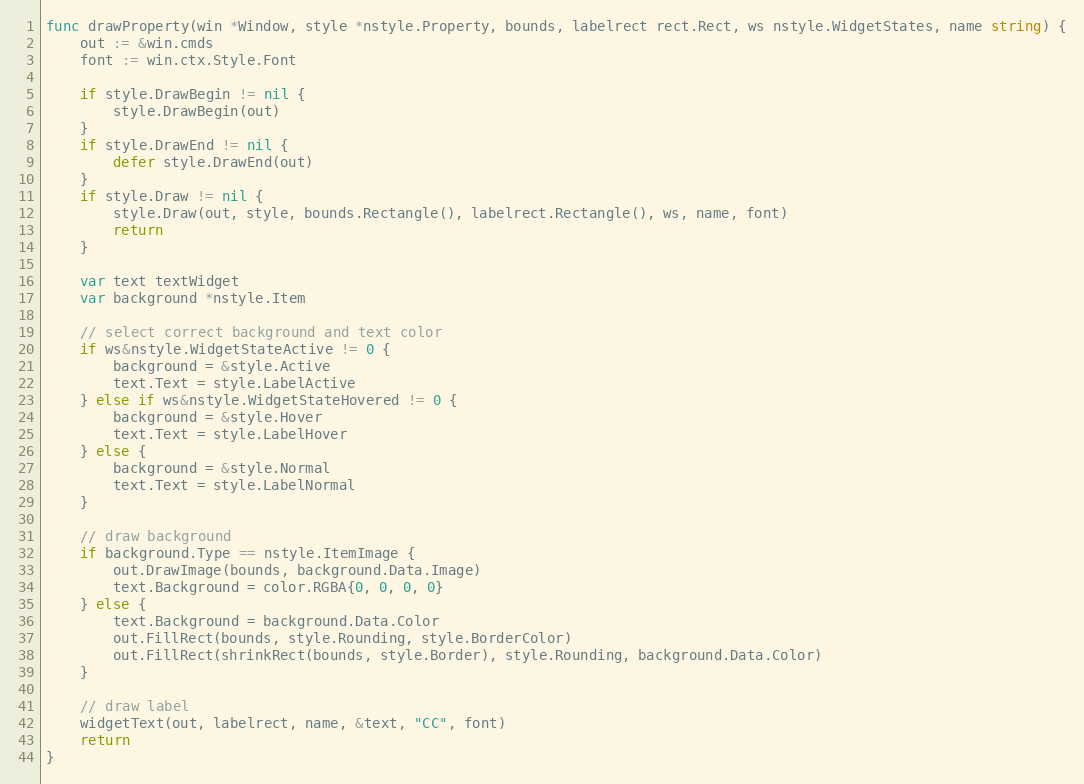
Language: Go
func drawProperty(win *Window, style *nstyle.Property, bounds, labelrect rect.Rect, ws nstyle.WidgetStates, name string) {
	out := &win.cmds
	font := win.ctx.Style.Font

	if style.DrawBegin != nil {
		style.DrawBegin(out)
	}
	if style.DrawEnd != nil {
		defer style.DrawEnd(out)
	}
	if style.Draw != nil {
		style.Draw(out, style, bounds.Rectangle(), labelrect.Rectangle(), ws, name, font)
		return
	}

	var text textWidget
	var background *nstyle.Item

	// select correct background and text color
	if ws&nstyle.WidgetStateActive != 0 {
		background = &style.Active
		text.Text = style.LabelActive
	} else if ws&nstyle.WidgetStateHovered != 0 {
		background = &style.Hover
		text.Text = style.LabelHover
	} else {
		background = &style.Normal
		text.Text = style.LabelNormal
	}

	// draw background
	if background.Type == nstyle.ItemImage {
		out.DrawImage(bounds, background.Data.Image)
		text.Background = color.RGBA{0, 0, 0, 0}
	} else {
		text.Background = background.Data.Color
		out.FillRect(bounds, style.Rounding, style.BorderColor)
		out.FillRect(shrinkRect(bounds, style.Border), style.Rounding, background.Data.Color)
	}

	// draw label
	widgetText(out, labelrect, name, &text, "CC", font)
	return
}